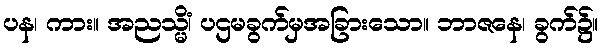
ပန၊ ကား။ အညသ္မိံ၊ ပဌမခွက်မှအခြားသော။ ဘာဇနေ၊ ခွက်၌။